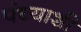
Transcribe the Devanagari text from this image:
पंच्याशी